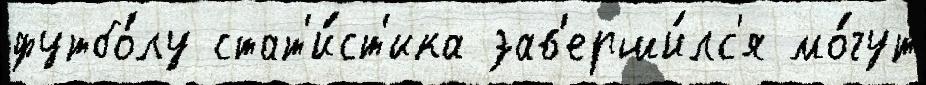
футбо́лу стат'и́ст'ика зав'ерши́лс'я мо́гут